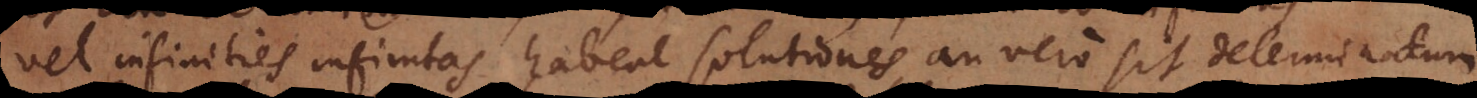
vel infinities infinitas habeat solutiones, an vero sit determinatum